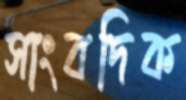
সাংবদিক